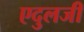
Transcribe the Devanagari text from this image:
एदुलजी